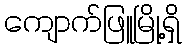
ကျောက်ဖြူမြို့ရှိ